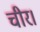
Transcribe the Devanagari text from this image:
चीर।